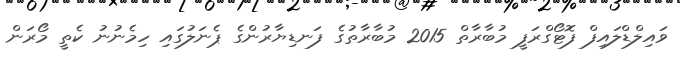
ވައިލްޑްލައިފް ފޮޓޯގްރަފީ މުބާރާތް 2015 މުބާރާތުގެ ފަނޑިޔާރުންގެ ޕެނަލުގައި ހިމެނުނު ކެތީ މޯރަން